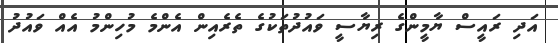
އަދި ރައީސް ޔާމީންގެ ރިޔާސީ ވައުދުތަކުގެ ތެރެއިން އެންމެ މުހިންމު އެއް ވައުދު